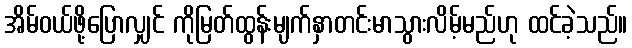
အိမ်ဝယ်ဖို့ပြောလျှင် ကိုမြတ်ထွန်းမျက်နှာတင်းမာသွားလိမ့်မည်ဟု ထင်ခဲ့သည်။